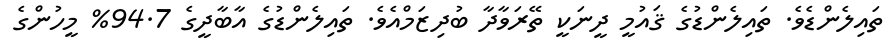
ތައިލެންޑެވެ. ތައިލެންޑުގެ ޤައުމީ ދީނަކީ ތޭރަވާދާ ބުދިޒަމްއެވެ. ތައިލެންޑުގެ އާބާދީގެ 94.7% މީހުންގެ